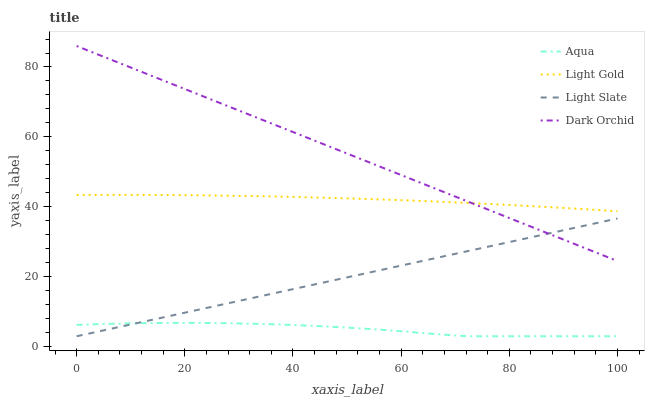
| xaxis_label | Aqua | Light Gold | Light Slate | Dark Orchid |
 | --- | --- | --- | --- | --- |
 | 0 | 6.26 | 43.4 | 3 | 86 |
 | 5.56 | 6.53 | 43.4 | 4.87 | 82.6 |
 | 11.1 | 6.72 | 43.4 | 6.74 | 79.2 |
 | 16.7 | 6.82 | 43.4 | 8.61 | 75.8 |
 | 22.2 | 6.82 | 43.3 | 10.5 | 72.3 |
 | 27.8 | 6.73 | 43.2 | 12.4 | 68.9 |
 | 33.3 | 6.56 | 43.1 | 14.2 | 65.5 |
 | 38.9 | 6.29 | 42.9 | 16.1 | 62.1 |
 | 44.4 | 5.93 | 42.7 | 18 | 58.7 |
 | 50 | 5.48 | 42.4 | 19.8 | 55.3 |
 | 55.6 | 4.94 | 42.2 | 21.7 | 51.8 |
 | 61.1 | 4.31 | 41.8 | 23.6 | 48.4 |
 | 66.7 | 3.59 | 41.5 | 25.4 | 45 |
 | 72.2 | 3 | 41.1 | 27.3 | 41.6 |
 | 77.8 | 3 | 40.7 | 29.2 | 38.2 |
 | 83.3 | 3 | 40.3 | 31.1 | 34.8 |
 | 88.9 | 3 | 39.8 | 32.9 | 31.3 |
 | 94.4 | 3 | 39.3 | 34.8 | 27.9 |
 | 100 | 3 | 38.7 | 36.7 | 24.5 |